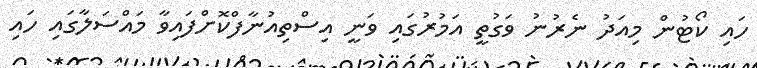
ހައި ކޯޓުން މިއަދު ނެރުނު ވަގުތީ އަމުރުގައި ވަނީ އިސްތިއުނާފްކޮށްފައިވާ މައްސަލާގައި ހައި